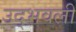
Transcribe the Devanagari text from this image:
उद्‍भवली